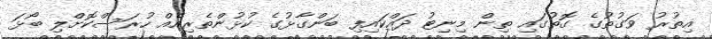
އިތުރު ވަގުތުގެ ގޮތުގައި ތިން މިނިޓު ދައްކައިފި ބަންގާޅުގެ ކުޅުންތެރިއެއް ހުރަސްކޮށްލި ބޯޅަ